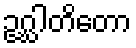
ဥဂ္ဃါတိတော